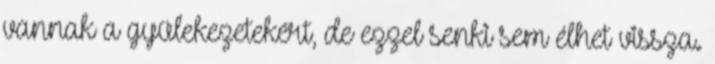
vannak a gyülekezetekért, de ezzel senki sem élhet vissza.